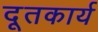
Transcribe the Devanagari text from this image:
दूतकार्य